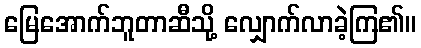
မြေအောက်ဘူတာဆီသို့ လျှောက်လာခဲ့ကြ၏။